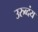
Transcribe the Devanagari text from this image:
उरुव्दंय